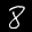
Label: 8